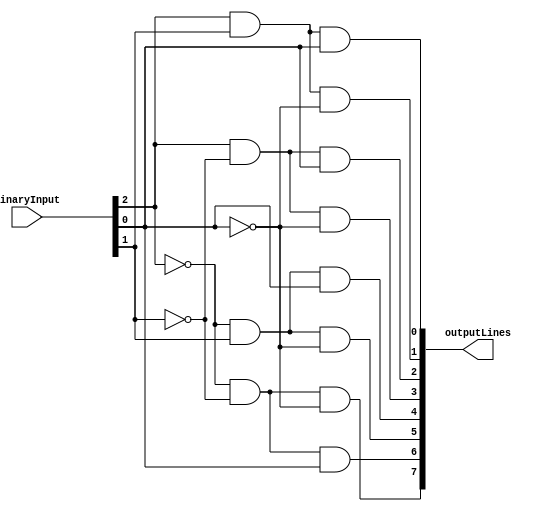
module OctalDecoder(
    input [2:0] binaryInput,
    output reg [7:0] outputLines
);

assign outputLines = {(~binaryInput[2] & ~binaryInput[1] & ~binaryInput[0]),
                      (~binaryInput[2] & ~binaryInput[1] &  binaryInput[0]),
                      (~binaryInput[2] &  binaryInput[1] & ~binaryInput[0]),
                      (~binaryInput[2] &  binaryInput[1] &  binaryInput[0]),
                      ( binaryInput[2] & ~binaryInput[1] & ~binaryInput[0]),
                      ( binaryInput[2] & ~binaryInput[1] &  binaryInput[0]),
                      ( binaryInput[2] &  binaryInput[1] & ~binaryInput[0]),
                      ( binaryInput[2] &  binaryInput[1] &  binaryInput[0])};

endmodule